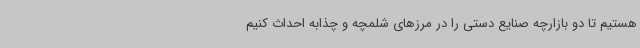
هستیم تا دو بازارچه صنایع دستی را در مرزهای شلمچه و چذابه احداث کنیم